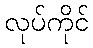
လုပ်ကိုင်